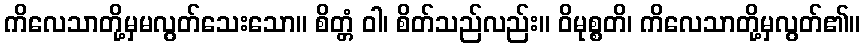
ကိလေသာတို့မှမလွတ်သေးသော။ စိတ္တံ ဝါ၊ စိတ်သည်လည်း။ ဝိမုစ္စတိ၊ ကိလေသာတို့မှလွတ်၏။